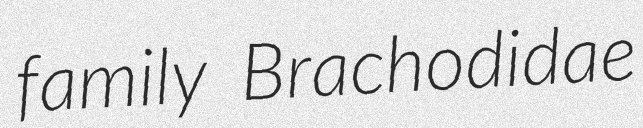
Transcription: family Brachodidae